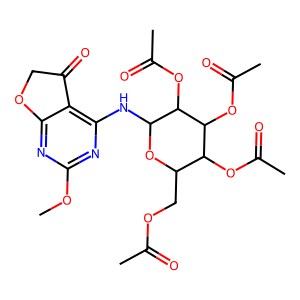
SMILES: COc1nc(NC2OC(COC(C)=O)C(OC(C)=O)C(OC(C)=O)C2OC(C)=O)c2c(n1)OCC2=O
Inhibits HIV replication: No